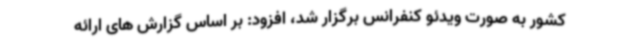
کشور به صورت ویدئو کنفرانس برگزار شد، افزود: بر اساس گزارش های ارائه